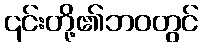
၎င်းတို့၏ဘဝတွင်